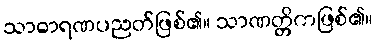
သာဓာရဏပညတ်ဖြစ်၏။ သာဏတ္တိကဖြစ်၏။